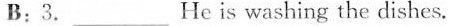
B;3.___He is washing the dishes.